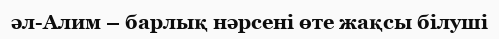
әл-Алим – барлық нәрсені өте жақсы білуші